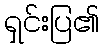
ရှင်းပြ၏